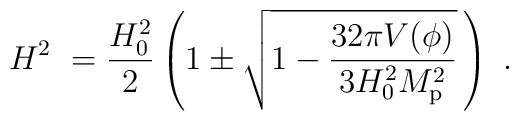
H^2\ =   {H_0^2\over2} \left(1 \pm \sqrt{1 - {32\pi V(\phi)\over3H_0^2 M_{\rm p}^2}}\,\right) \ .